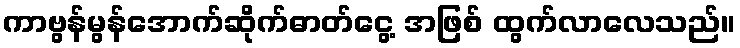
ကာဗွန်မွန်အောက်ဆိုက်ဓာတ်ငွေ့ အဖြစ် ထွက်လာလေသည်။